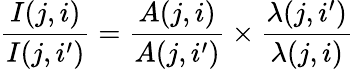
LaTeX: \frac{I(j,i)}{I(j,i^{\prime})}=\frac{A(j,i)}{A(j,i^{\prime})}\times\frac{\lambda(j,i^{\prime})}{\lambda(j,i)}